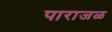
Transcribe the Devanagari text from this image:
पाराजळ